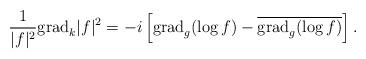
LaTeX: \begin{align*}\frac{1}{|f|^2}{\rm grad}_k|f|^2=-i\left[{\rm grad}_g(\log f)-\overline{{\rm grad}_g(\log f)}\right].\end{align*}